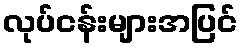
လုပ်ငန်းများအပြင်